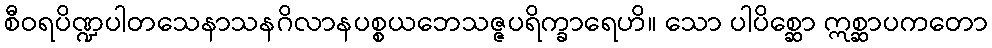
စီဝရပိဏ္ဍပါတသေနာသနဂိလာနပစ္စယဘေသဇ္ဇပရိက္ခာရေဟိ။ သော ပါပိစ္ဆော ဣစ္ဆာပကတော